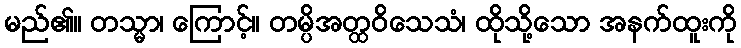
မည်၏။ တသ္မာ၊ ကြောင့်။ တမ္ပိအတ္ထဝိသေသံ၊ ထိုသို့သော အနက်ထူးကို